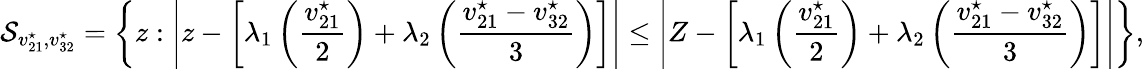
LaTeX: \mathcal{S}_{v_{21}^{\star},v_{32}^{\star}}=\left\{ z:\left|z-\left[\lambda_{1}\left(\frac{v_{21}^{\star}}{2}\right)+\lambda_{2}\left(\frac{v_{21}^{\star}-v_{32}^{\star}}{3}\right)\right]\right|\le\left|Z-\left[\lambda_{1}\left(\frac{v_{21}^{\star}}{2}\right)+\lambda_{2}\left(\frac{v_{21}^{\star}-v_{32}^{\star}}{3}\right)\right]\right|\right\} ,